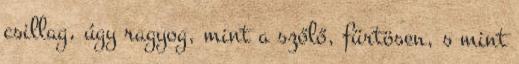
csillag, úgy ragyog, mint a szőlő, fürtösen, s mint